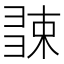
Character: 𢑧